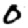
Digit: 0